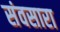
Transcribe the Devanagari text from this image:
संवसारा